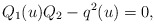
\begin{align*}Q_1 (u) Q_2 - q^2 (u) = 0,\end{align*}